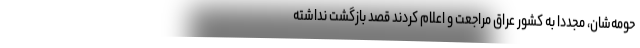
حومه‌شان، مجدداً به کشور عراق مراجعت و اعلام کردند قصد بازگشت نداشته